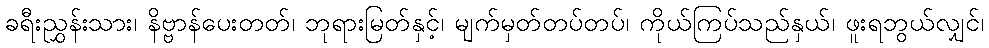
ခရီးညွှန်းသား၊ နိဗ္ဗာန်ပေးတတ်၊ ဘုရားမြတ်နှင့်၊ မျက်မှတ်တပ်တပ်၊ ကိုယ်ကြပ်သည်နှယ်၊ ဖူးရဘွယ်လျှင်၊